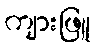
ကျားဖြူ